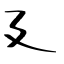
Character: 廴